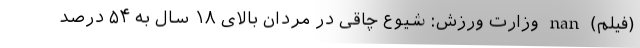
(فیلم) nan وزارت ورزش: شیوع چاقی در مردان بالای ۱۸ سال به ۵۴ درصد